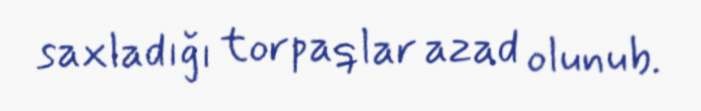
saxladığı torpaqlar azad olunub.